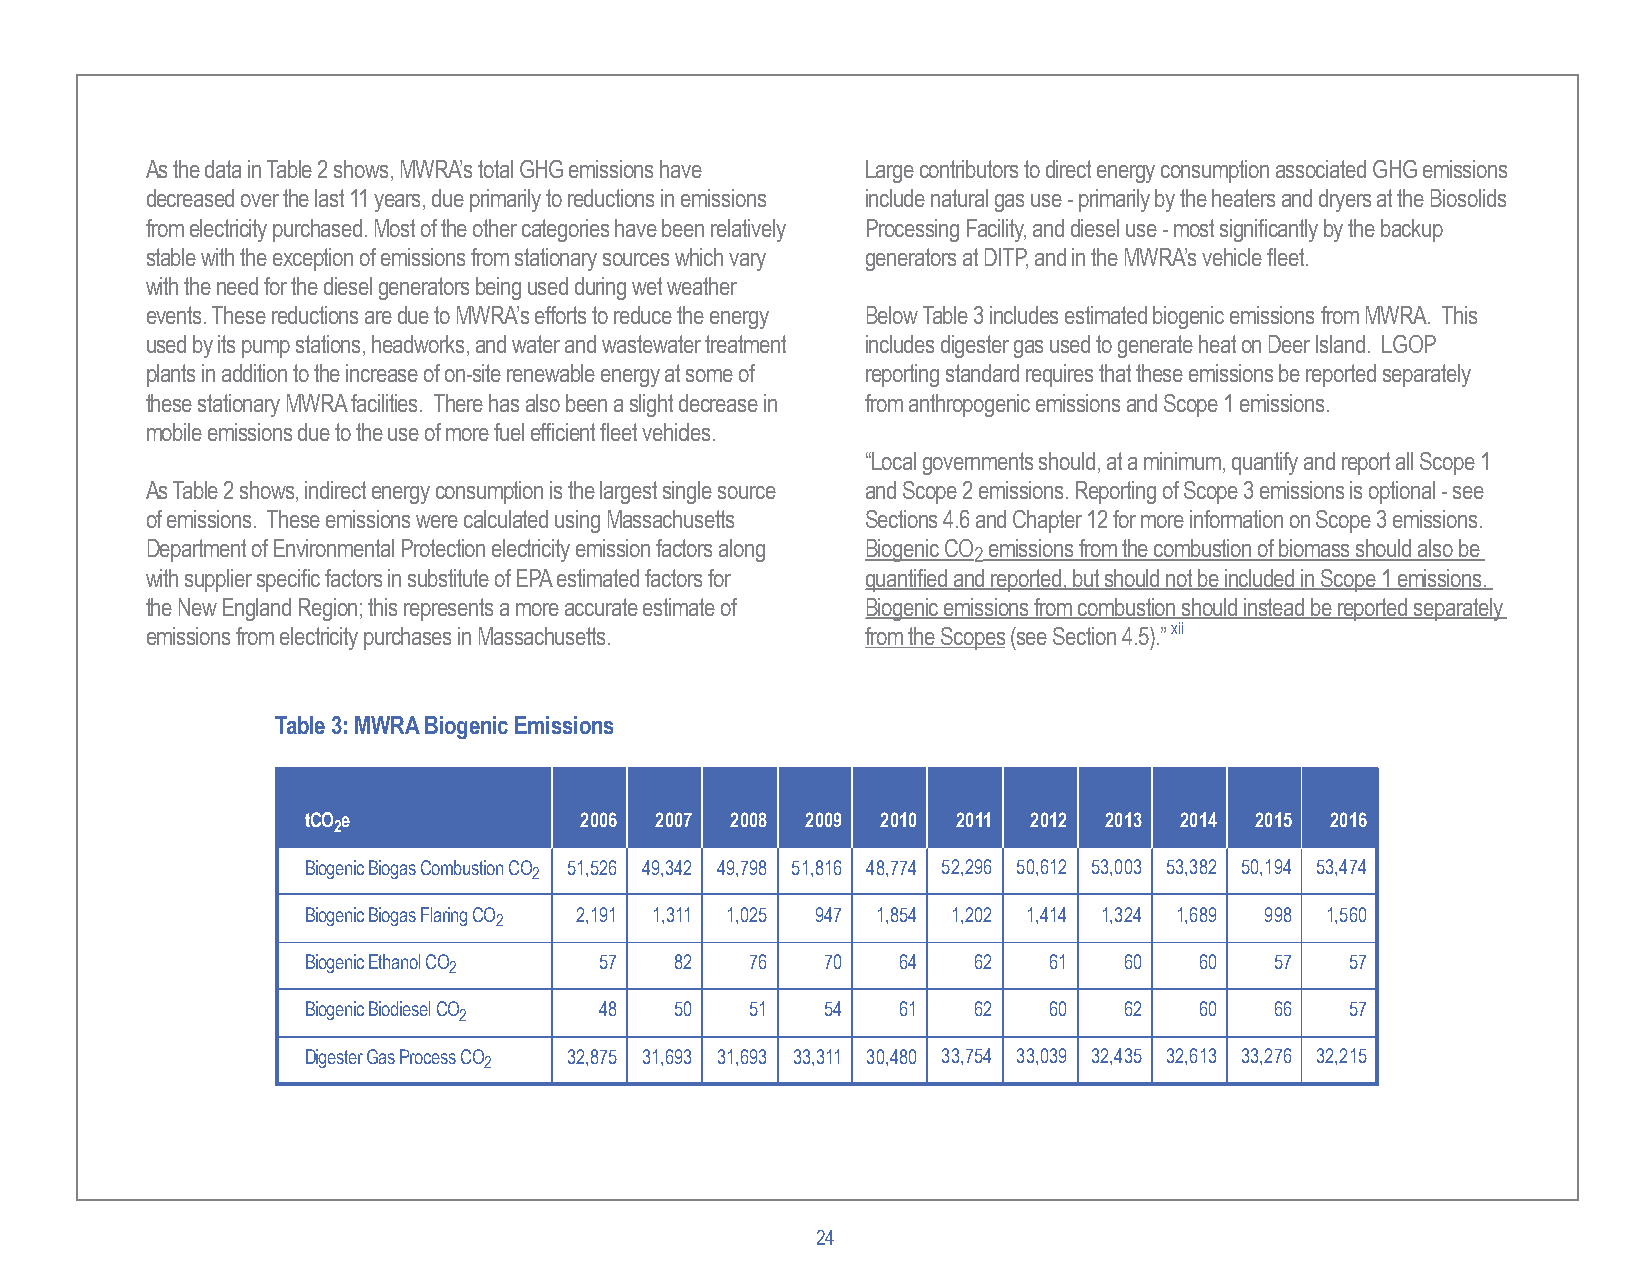
As the data in Table 2 shows, MWRA’s total GHG emissions have Large contributors to direct energy consumption associated GHG emissions
 decreased over the last 11 years, due primarily to reductions in emissions include natural gas use - primarily by the heaters and dryers at the Biosolids
 from electricity purchased. Most of the other categories have been relatively Processing Facility, and diesel use - most significantly by the backup
 stable with the exception of emissions from stationary sources which vary generators at DITP, and in the MWRA’s vehicle fleet.
 with the need for the diesel generators being used during wet weather
 events. These reductions are due to MWRA’s efforts to reduce the energy Below Table 3 includes estimated biogenic emissions from MWRA. This
 used by its pump stations, headworks, and water and wastewater treatment includes digester gas used to generate heat on Deer Island. LGOP
 plants in addition to the increase of on-site renewable energy at some of reporting standard requires that these emissions be reported separately
 these stationary MWRA facilities. There has also been a slight decrease in from anthropogenic emissions and Scope 1 emissions.
 mobile emissions due to the use of more fuel efficient fleet vehicles.
 “Local governments should, at a minimum, quantify and report all Scope 1
 As Table 2 shows, indirect energy consumption is the largest single source and Scope 2 emissions. Reporting of Scope 3 emissions is optional - see
 of emissions. These emissions were calculated using Massachusetts Sections 4.6 and Chapter 12 for more information on Scope 3 emissions.
 Department of Environmental Protection electricity emission factors along Biogenic CO emissions from the combustion of biomass should also be
 2
 with supplier specific factors in substitute of EPA estimated factors for quantified and reported, but should not be included in Scope 1 emissions.
 the New England Region; this represents a more accurate estimate of Biogenic emissions from combustion should instead be reported separately
 emissions from electricity purchases in Massachusetts. from the Scopes (see Section 4.5).” xii
 Table 3: MWRA Biogenic Emissions
 tCO e             2006 2007 2008 2009 2010 2011 2012 2013 2014 2015 2016
 2
 Biogenic Biogas Combustion CO 51,526 49,342 49,798 51,816 48,774 52,296 50,612 53,003 53,382 50,194 53,474
 2
 Biogenic Biogas Flaring CO 2,191 1,311 1,025 947 1,854 1,202 1,414 1,324 1,689 998 1,560
 2
 Biogenic Ethanol CO 57   82   76   70  64   62   61   60   60   57   57
 2
 Biogenic Biodiesel CO 48 50   51   54  61   62   60   62   60   66   57
 2
 Digester Gas Process CO 32,875 31,693 31,693 33,311 30,480 33,754 33,039 32,435 32,613 33,276 32,215
 2
 24